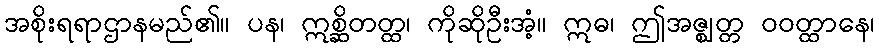
အစိုးရရာဌာနမည်၏။ ပန၊ ဣစ္ဆိတတ္ထ၊ ကိုဆိုဦးအံ့။ ဣဓ၊ ဤအဇ္ဈတ္တ ဝဝတ္ထာနေ၊